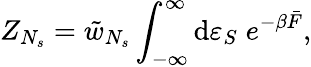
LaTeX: Z_{N_{s}}=\tilde{w}_{N_{s}}\int_{-\infty}^{\infty}{\mathrm{d}\varepsilon_{S}\; e^{-\beta\bar{F}}},